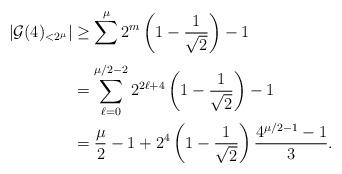
LaTeX: \begin{align*}|\mathcal{G}(4)_{< 2^\mu}| & \geq \sum_{}^{\mu} 2^m\left(1-\frac{1}{\sqrt{2}}\right) -1 \\&=\sum_{\ell=0}^{\mu/2-2} 2^{2\ell+4}\left(1-\frac{1}{\sqrt{2}}\right)-1\\&=\frac{\mu}{2}-1 + 2^4\left(1-\frac{1}{\sqrt{2}}\right)\frac{4^{\mu/2-1}-1}{3}.\end{align*}